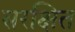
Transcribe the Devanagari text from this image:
सरक्षित